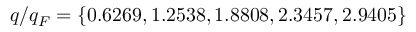
q / q _ { F } = \{ 0 . 6 2 6 9 , 1 . 2 5 3 8 , 1 . 8 8 0 8 , 2 . 3 4 5 7 , 2 . 9 4 0 5 \}